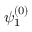
\psi _ { 1 } ^ { ( 0 ) }